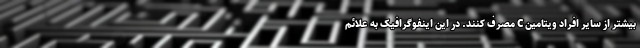
بیشتر از سایر افراد ویتامین C مصرف کنند. در این اینفوگرافیک به علائم